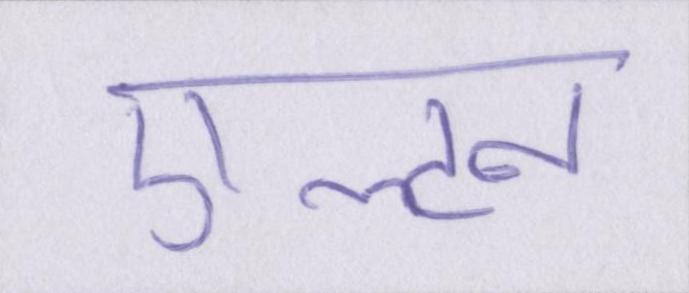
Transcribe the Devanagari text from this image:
एल्टन